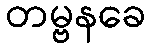
တမ္ဗနခေ